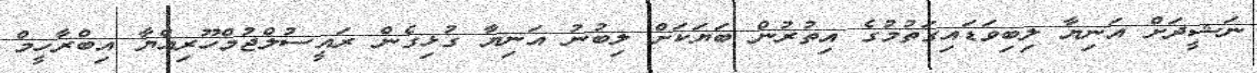
ނަޝީދަށް އަނިޔާ ލިބިވަޑައިގަތުމުގެ އިތުރުން ބަޔަކަށް ލިބުނު އަނިޔާ ގުޅިގެން ރައީސުލްޖުމްހޫރިއްޔާ އިބްރާހީމް